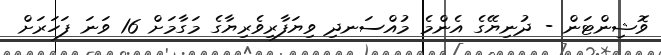
ވޮޝިންޓަން - ދުނިޔޭގެ އެންމެ މުއްސަނދި ވިޔަފާރިވެރިޔާގެ މަގާމަށް 16 ވަނަ ފަހަރަށް